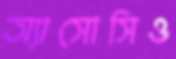
অ্যাসোসিও